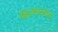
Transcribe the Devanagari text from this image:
बालपणा